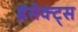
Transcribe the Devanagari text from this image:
इंसेक्ट्स